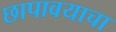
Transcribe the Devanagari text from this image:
छापावयाचा